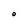
Character: O